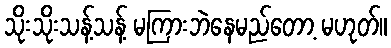
သိုးသိုးသန့်သန့် မကြားဘဲနေမည်တော့ မဟုတ်။